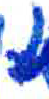
אות: נ